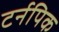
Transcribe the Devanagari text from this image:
टर्नपिक